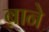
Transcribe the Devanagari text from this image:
ब़ाने